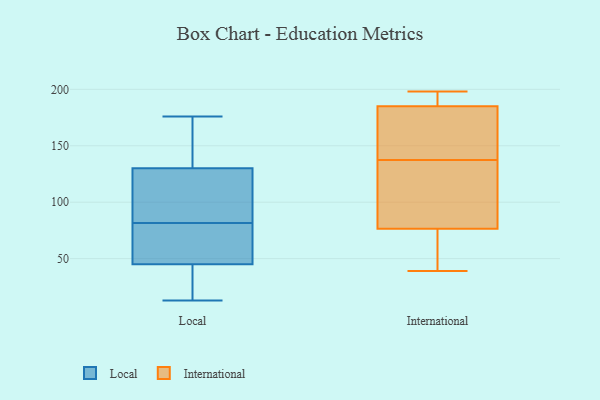
{"axis": {"x": "Production Output", "y": "Value"}, "legend": ["International", "Local"], "data": [{"x": "", "y": 126, "type": "Local"}, {"x": "", "y": 137, "type": "Local"}, {"x": "", "y": 36, "type": "Local"}, {"x": "", "y": 13, "type": "Local"}, {"x": "", "y": 100, "type": "Local"}, {"x": "", "y": 17, "type": "Local"}, {"x": "", "y": 54, "type": "Local"}, {"x": "", "y": 134, "type": "Local"}, {"x": "", "y": 80, "type": "Local"}, {"x": "", "y": 176, "type": "Local"}, {"x": "", "y": 83, "type": "Local"}, {"x": "", "y": 66, "type": "Local"}, {"x": "", "y": 196, "type": "International"}, {"x": "", "y": 162, "type": "International"}, {"x": "", "y": 198, "type": "International"}, {"x": "", "y": 39, "type": "International"}, {"x": "", "y": 74, "type": "International"}, {"x": "", "y": 79, "type": "International"}, {"x": "", "y": 96, "type": "International"}, {"x": "", "y": 186, "type": "International"}, {"x": "", "y": 72, "type": "International"}, {"x": "", "y": 113, "type": "International"}, {"x": "", "y": 183, "type": "International"}, {"x": "", "y": 184, "type": "International"}]}